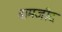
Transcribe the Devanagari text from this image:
बामजीद